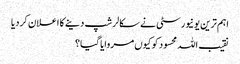
اہم ترین یونیورسٹی نے سکالرشپ دینے کا اعلان کردیا
نقیب اللہ محسود کو کیوں مروایا گیا؟